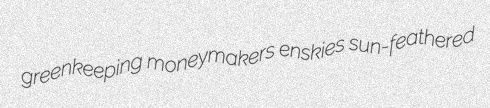
greenkeeping moneymakers enskies sun-feathered